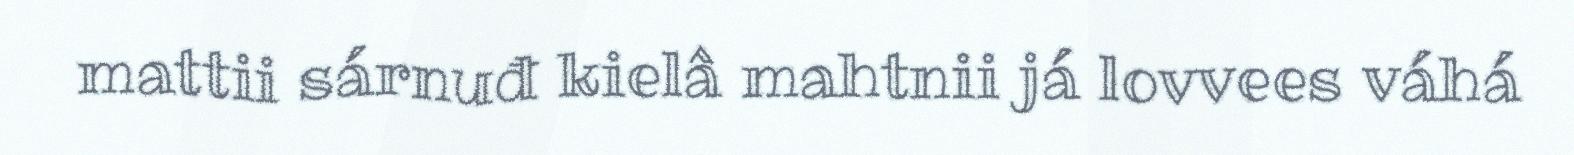
mattii sárnuđ kielâ mahtnii já lovvees váhá